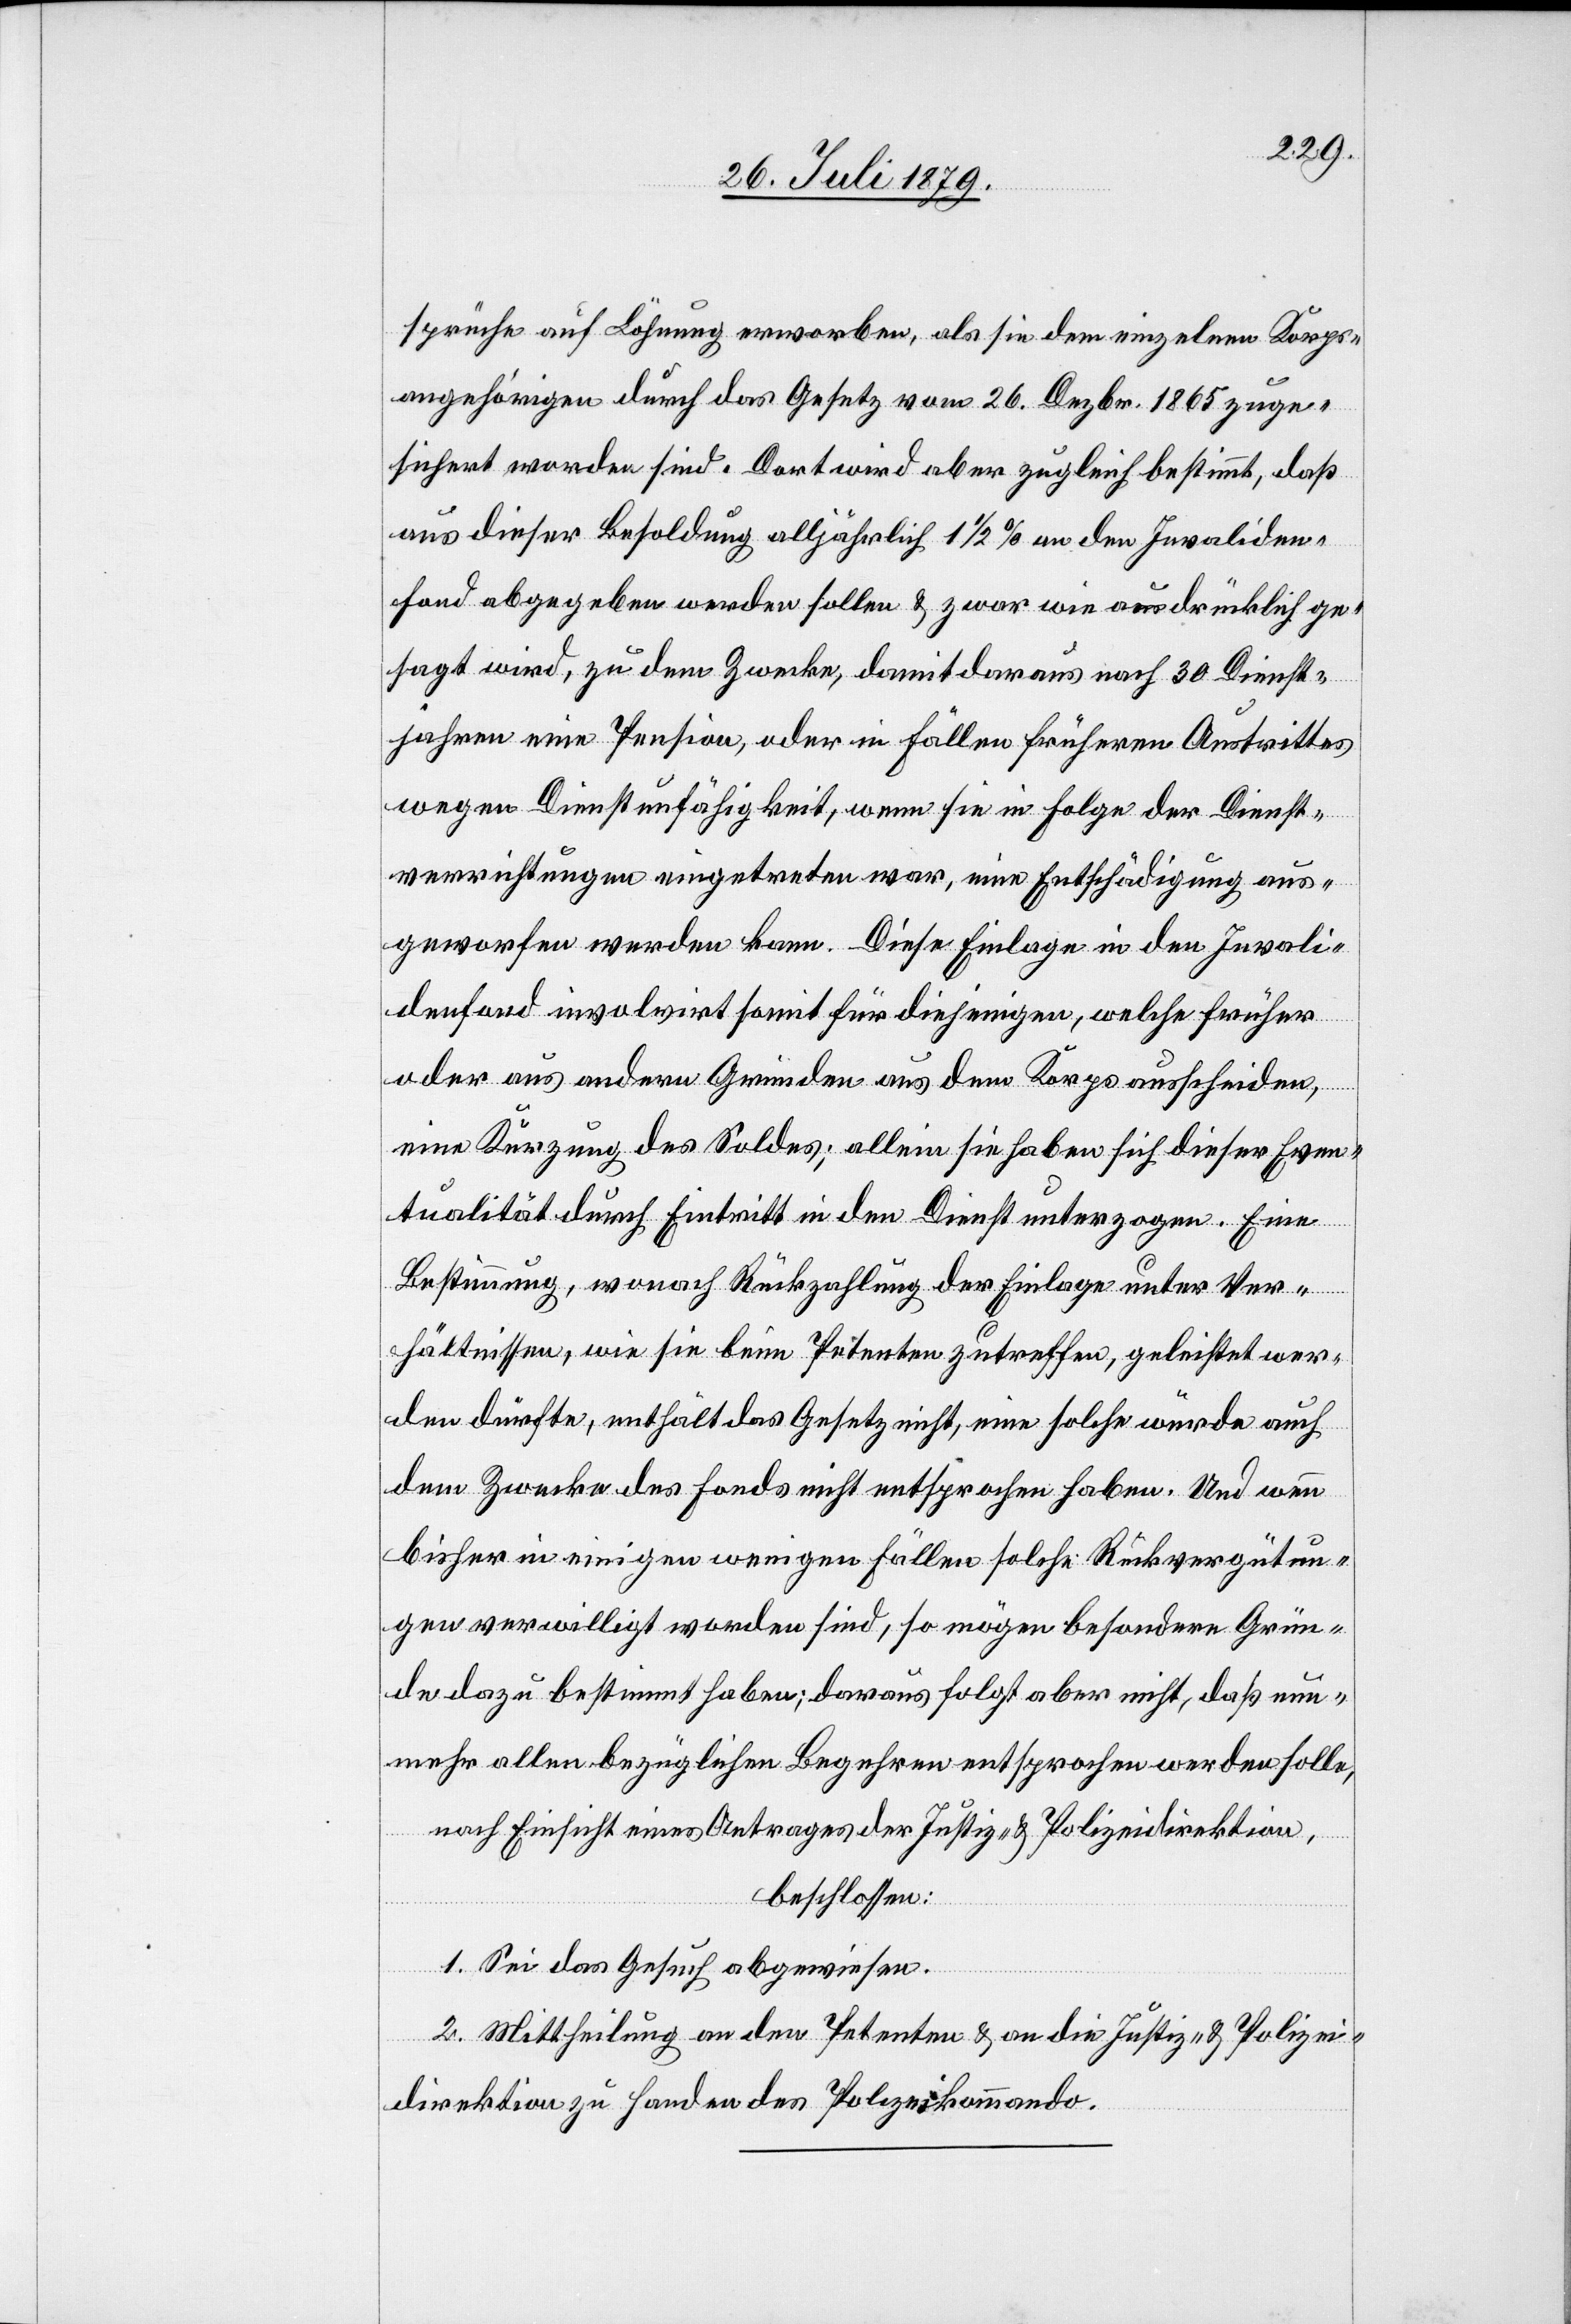
sprüche auf Löhnung erworben, als sie dem einzelnen Korps¬
angehörigen durch das Gesetz vom 26. Dezbr. 1865 zuge¬
sichert worden sind. Dort wird aber zugleich bestimmt, das
aus dieser Besoldung alljährlich 1 1/2% an den Invaliden¬
fond abgegeben werden sollen & zwar wie ausdrücklich ge¬
sagt wird, zu dem Zwecke, damit daraus nach 30 Dienst¬
jahren eine Pension, oder in Fällen früheren Austrittes
wegen Dienstunfähigkeit, wenn sie in Folge der Dienst¬
verrichtungen eingetreten war, eine Entschädigung aus¬
geworfen werden kann. Diese Einlage in den Invali¬
denfond involvirt somit für diejenigen, welche früher
oder aus andern Gründen aus dem Korps ausscheiden,
eine Kürzung des Soldes; allein sie haben sich dieser Even¬
tualität durch Eintritt in den Dienst unterzogen. Eine
Bestimmung, wonach Rückzahlung der Einlage unter Ver¬
hältnissen, wie sie beim Petenten zutreffen, geleistet wer¬
den dürfte, enthält das Gesetz nicht, eine solche würde auch
dem Zwecke des Fonds nicht entsprochen haben. Und wenn
bisher in einigen wenigen Fällen solche Rückvergütun¬
gen verwilligt worden sind, so mögen besondere Grün¬
de dazu bestimmt haben; daraus folgt aber nicht, daß nun¬
mehr allen bezüglichen Begehren entsprochen werden solle,
nach Einsicht eines Antrages der Justiz- & Polizeidirektion,
beschlossen:
1. Sei das Gesuch abgewiesen.
2. Mittheilung an den Petenten & an die Justiz- & Polizei¬
direktion zu Handen des Polizeikommando.